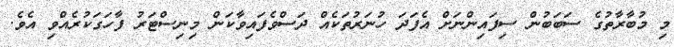
މި މުބާރާތުގެ ސަބަބުން ސިފައިންނަށް އެފަދަ ހުނަރުތަކެއް ދަސްވެފައިވާކަން މިނިސްޓަރު ފާހަގަކުރެއްވި އެވެ.